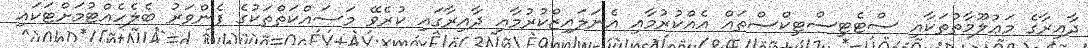
ދާއިރާގެ މަޢުލޫމާތުތަކާއި ސްޓެޓިސްޓިކްސްތައް އެއްކުރުމާއި އެނަލައިޒްކުރުމާއި ދާއިރާގައި ކުރެވޭ މަސައްކަތްތަކުގެ ފެންވަރު ބެލެހެއްޓުމަށްޓަކައި